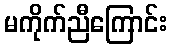
မကိုက်ညီကြောင်း